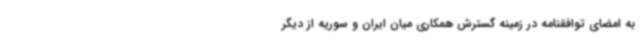
به امضای توافقنامه در زمینه گسترش همکاری میان ایران و سوریه از دیگر